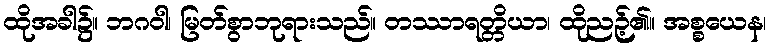
ထိုအခါ၌။ ဘဂဝါ၊ မြတ်စွာဘုရားသည်။ တဿာရတ္တိယာ၊ ထိုညဉ့်၏။ အစ္စယေန၊